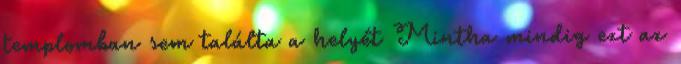
templomban sem találta a helyét Mintha mindig ezt az